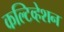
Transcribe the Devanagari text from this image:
कल्टिव्हेशन